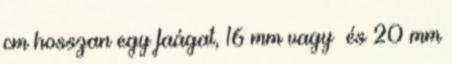
cm hosszan egy faágat, 16 mm vagy és 20 mm